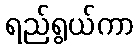
ရည်ရွယ်ကာ